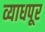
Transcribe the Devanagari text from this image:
व्याधपूर